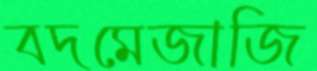
বদমেজাজি